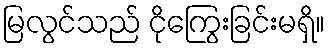
မြလွင်သည် ငိုကြွေးခြင်းမရှိ။